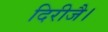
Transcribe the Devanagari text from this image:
दिरीजै।